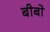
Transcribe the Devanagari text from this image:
बीबो